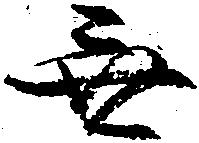
無